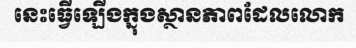
នេះធ្វើឡើងក្នុងស្ថានភាពដែលលោក